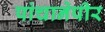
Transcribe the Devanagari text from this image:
पांचानेपीर